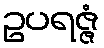
ဥပရဇ္ဇံ